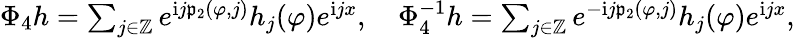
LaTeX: \begin{array}{r}{\Phi_{4}h=\sum_{j\in\mathbb{Z}}e^{\mathrm{i}j\mathfrak{p}_{2}(\varphi,j)}h_{j}(\varphi)e^{\mathrm{i}jx},\quad\Phi_{4}^{-1}h=\sum_{j\in\mathbb{Z}}e^{-\mathrm{i}j\mathfrak{p}_{2}(\varphi,j)}h_{j}(\varphi)e^{\mathrm{i}jx},}\end{array}